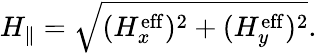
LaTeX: H_{\parallel}=\sqrt{(H_{x}^{\mathrm{eff}})^{2}+(H_{y}^{\mathrm{eff}})^{2}}.